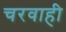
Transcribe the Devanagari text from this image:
चरवाही